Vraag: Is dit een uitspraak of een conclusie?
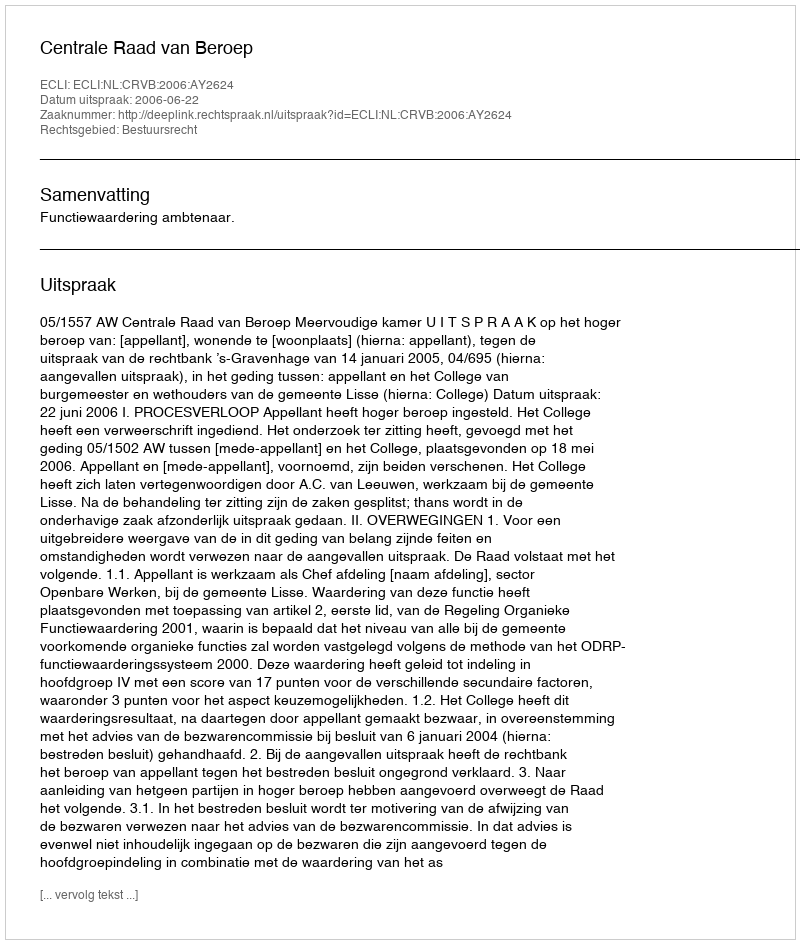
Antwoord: Uitspraak